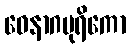
ဝေနာဂပုရိကော